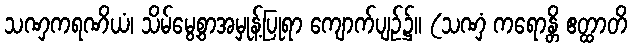
သဏှကရဏိယံ၊ သိမ်မွေ့စွာအမှုန့်ပြုရာ ကျောက်ပျဉ်၌။ (သဏှံ ကရောန္တိ ဧတ္ထာတိ